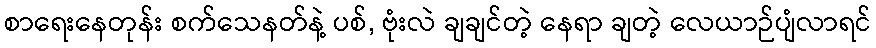
စာရေးနေတုန်း စက်သေနတ်နဲ့ ပစ်, ဗုံးလဲ ချချင်တဲ့ နေရာ ချတဲ့ လေယာဉ်ပျံလာရင်